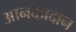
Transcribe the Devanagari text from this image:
आनंदप्रदान